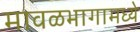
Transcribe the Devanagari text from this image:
मावळभागामध्ये